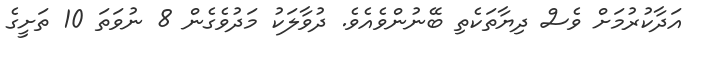
އަދާކުރުމަށް ވެސް ދިޔާތަކެތި ބޭނުންވެއެވެ. ދުވާލަކު މަދުވެގެން 8 ނުވަތަ 10 ތަށީގެ